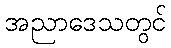
အညာဒေသတွင်